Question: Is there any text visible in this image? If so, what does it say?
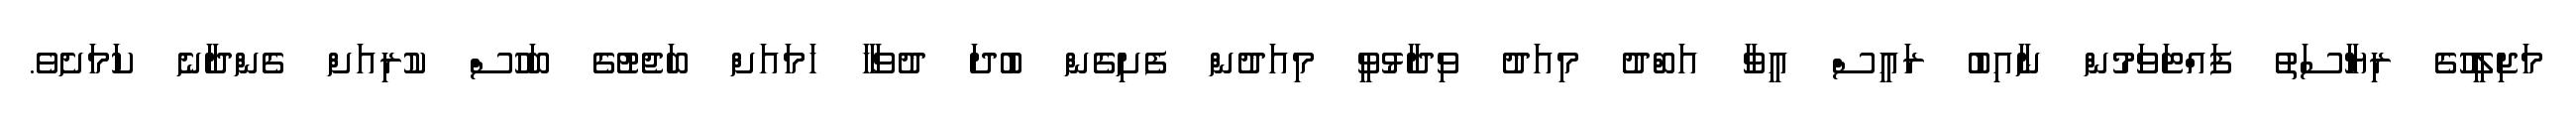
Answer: މަޖިލީހުގެ ރިޔާސަތު ފައްޓަވަމުން ނާއިބު ރައީސް އީވާ އަބްދު މިއަދު ވިދާޅުވީ މިއަދުން ފެށިގެން ބުދަ ދުވަހާ ހަމައަށް ބަޖެޓުގެ ބަހުސް ކުރިއަށް ގެންދާނެ ކަމަށެވެ.